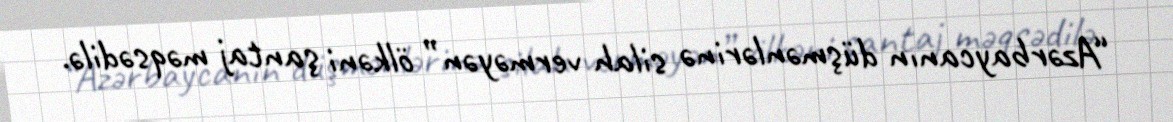
“Azərbaycanın düşmənlərinə silah verməyən” ölkəni şantaj məqsədilə.